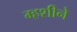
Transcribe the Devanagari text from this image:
म्हशीने